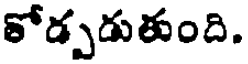
కోడ్పడుతుంది.